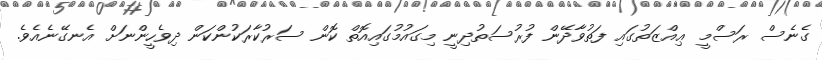
ގެނެސް ރަސްމީ ޢިއްޒަތުގައި ފަތުވާދޭން ފުރުސަތުދިނީ މިގައުމުގައިއޮތް ކޮން ސަރުކާރަކުންކަން ދިވެހީންނަށް އެނގޭނެއެވެ.